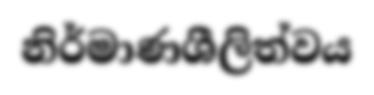
නිර්මාණශීලිත්වය